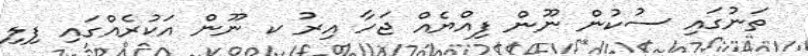
ތަނުގައި ސުކުން ނޫން ފިއްޔެއް ޖަހާ އިރު ކ ނޫން އަކުރެއްގައި ފިލި